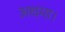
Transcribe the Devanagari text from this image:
अधमा।